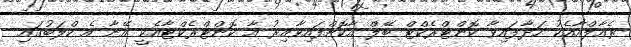
ރެއާލްއާއެކު ހަދާފައިވާ ކޮންޓްރެކްޓް ބޭލް އާކޮށްފައިވާއިރު އާ ކޮންޓްރެކްޓާއެކީ އޭނާ އެ ކްލަބުގައި